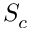
S _ { c }